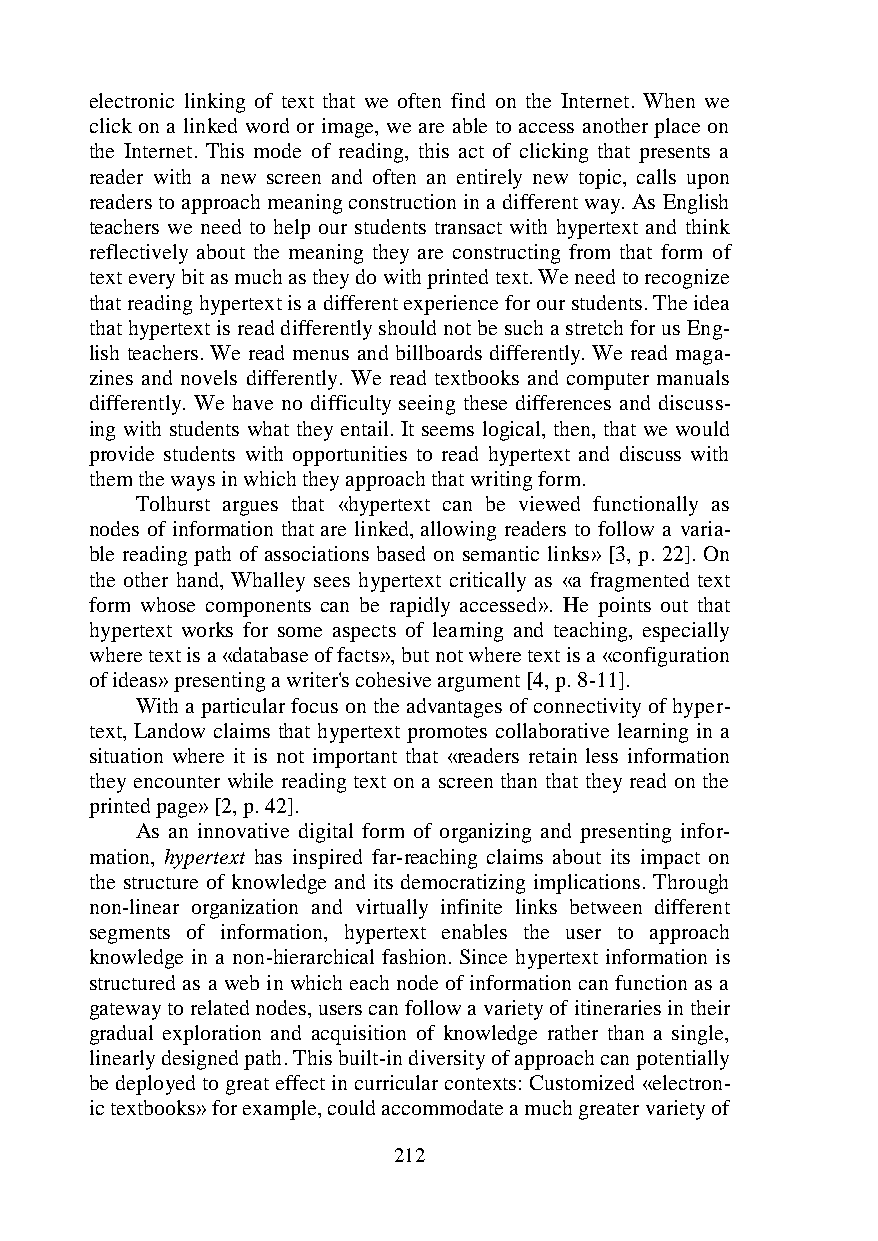
electronic linking of text that we often find on the Internet. When we
 click on a linked word or image, we are able to access another place on
 the Internet. This mode of reading, this act of clicking that presents a
 reader with a new screen and often an entirely new topic, calls upon
 readers to approach meaning construction in a different way. As English
 teachers we need to help our students transact with hypertext and think
 reflectively about the meaning they are constructing from that form of
 text every bit as much as they do with printed text. We need to recognize
 that reading hypertext is a different experience for our students. The idea
 that hypertext is read differently should not be such a stretch for us Eng-
 lish teachers. We read menus and billboards differently. We read maga-
 zines and novels differently. We read textbooks and computer manuals
 differently. We have no difficulty seeing these differences and discuss-
 ing with students what they entail. It seems logical, then, that we would
 provide students with opportunities to read hypertext and discuss with
 them the ways in which they approach that writing form.
 Tolhurst argues that «hypertext can be viewed functionally as
 nodes of information that are linked, allowing readers to follow a varia-
 ble reading path of associations based on semantic links» [3, p. 22]. On
 the other hand, Whalley sees hypertext critically as «a fragmented text
 form whose components can be rapidly accessed». He points out that
 hypertext works for some aspects of learning and teaching, especially
 where text is a «database of facts», but not where text is a «configuration
 of ideas» presenting a writer's cohesive argument [4, p. 8-11].
 With a particular focus on the advantages of connectivity of hyper-
 text, Landow claims that hypertext promotes collaborative learning in a
 situation where it is not important that «readers retain less information
 they encounter while reading text on a screen than that they read on the
 printed page» [2, p. 42].
 As an innovative digital form of organizing and presenting infor-
 mation, hypertext has inspired far-reaching claims about its impact on
 the structure of knowledge and its democratizing implications. Through
 non-linear organization and virtually infinite links between different
 segments of information, hypertext enables the user to approach
 knowledge in a non-hierarchical fashion. Since hypertext information is
 structured as a web in which each node of information can function as a
 gateway to related nodes, users can follow a variety of itineraries in their
 gradual exploration and acquisition of knowledge rather than a single,
 linearly designed path. This built-in diversity of approach can potentially
 be deployed to great effect in curricular contexts: Customized «electron-
 ic textbooks» for example, could accommodate a much greater variety of
 212